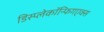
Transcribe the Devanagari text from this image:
डिस्प्लेकॉन्फिगएक्स